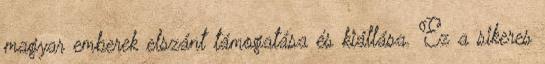
magyar emberek elszánt támogatása és kiállása. Ez a sikeres